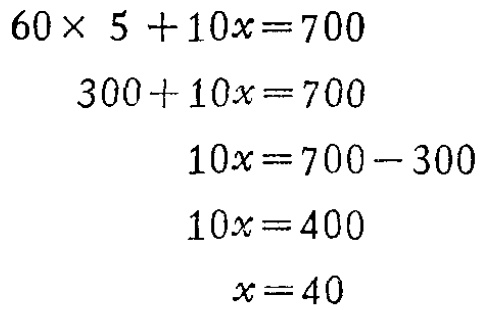
\[

\begin{align*}

60\times 5 + 10x&=700\\

300 + 10x&=700\\

10x&=700 - 300\\

10x&=400\\

x&=40

\end{align*}

\]